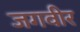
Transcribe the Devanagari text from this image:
जगवीर